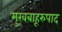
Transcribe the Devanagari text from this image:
मुखबाहूरुपाद